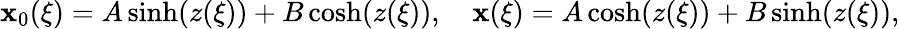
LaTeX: \mathbf{x}_{0}(\xi)=A\sinh(z(\xi))+B\cosh(z(\xi)),\quad\mathbf{x}(\xi)=A\cosh(z(\xi))+B\sinh(z(\xi)),